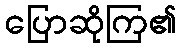
ပြောဆိုကြ၏